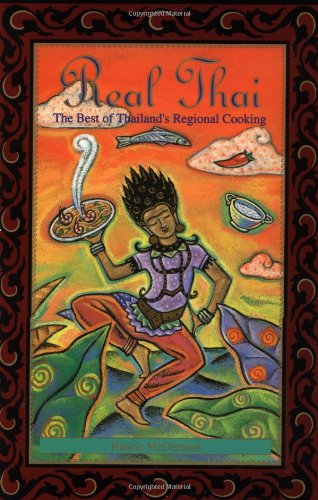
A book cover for Real Thai: The Best of Thailand's Regional Cooking; Nancie McDermott; Cookbooks, Food & Wine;